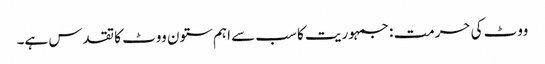
ووٹ کی حرمت : جمہوریت کا سب سے اہم ستون ووٹ کا تقدس ہے۔